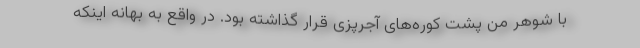
با شوهر من پشت کوره‌های آجرپزی قرار گذاشته بود. در واقع به بهانه اینکه